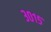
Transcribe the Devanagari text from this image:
३०१५